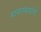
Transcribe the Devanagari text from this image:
नायनमारांचे